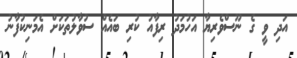
އަދި ވީ ގެ ނޫސްވެރިޔާ އަހުމަދު ރިފާއު ކުރި ބައެއް ސުވާލުތަކަށް އެމަނިކުފާނު